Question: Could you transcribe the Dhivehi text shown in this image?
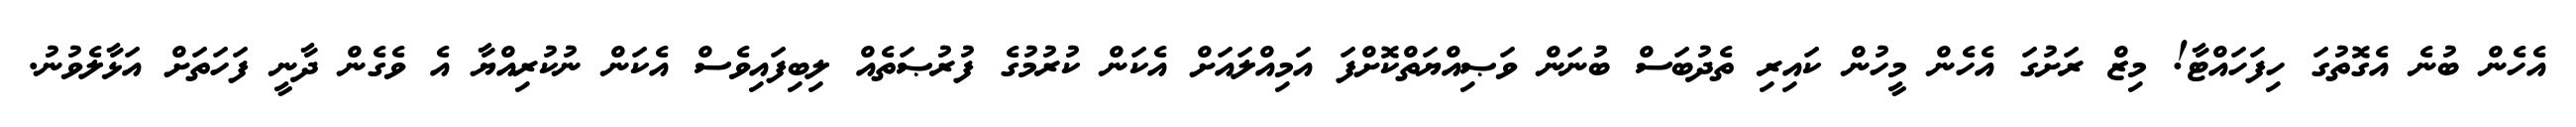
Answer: އެހެން ބުނެ އެގޮތުގަ ހިފަހައްޓާ! މިޒް ރަށުގަ އެހެން މީހުން ކައިރި ތެދުބަސް ބުނަން ވަޞިއްޔަތްކޮށްފަ އަމިއްލައަށް އެކަން ކުރުމުގެ ފުރުޞަތެއް ލިބިފައިވެސް އެކަން ނުކުރިއްޔާ އެ ވެގެން ދާނީ ފަހަތަށް އަޅާލެވުނު.